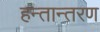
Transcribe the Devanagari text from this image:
हन्तान्तरण